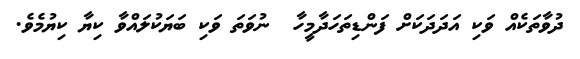
ދުވާތަކެއް ވަކި އަދަދަކަށް ފަންޑިތަހަދާމީހާ  ނުވަތަ ވަކި ބަޔަކުލައްވާ ކިޔާ ކިޔުމެވެ.